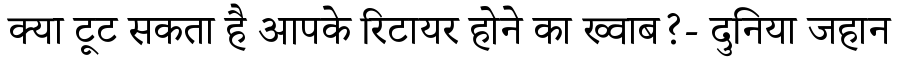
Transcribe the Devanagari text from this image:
क्या टूट सकता है आपके रिटायर होने का ख्वाब?- दुनिया जहान